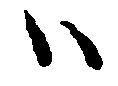
ハ